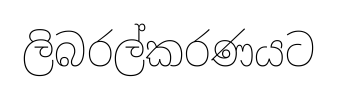
ලිබරල්කරණයට